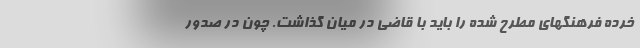
خرده فرهنگهای مطرح شده را باید با قاضی در میان گذاشت. چون در صدور